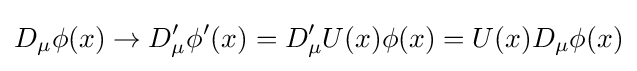
D_{\mu }\phi (x)\rightarrow D'_{\mu }\phi '(x)=D'_{\mu }U(x)\phi (x)=U(x)D_{\mu }\phi (x)